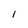
Character: 1